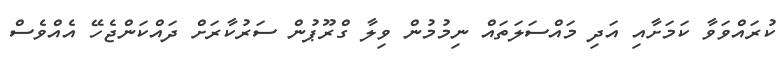
ކުރައްވަވާ ކަމަށާއި އަދި މައްސަލަތައް ނިމުމުން ވިލާ ގްރޫޕުން ސަރުކާރަށް ދައްކަންޖެހޭ އެއްވެސް